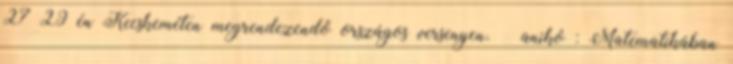
27–29–én Kecskeméten megrendezendő országos versenyen. anikó : Matematikában